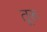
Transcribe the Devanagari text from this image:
तूरू